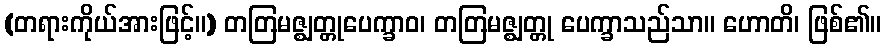
(တရားကိုယ်အားဖြင့်။) တတြမဇ္ဈတ္တုပေက္ခာဝ၊ တတြမဇ္ဈတ္တု ပေက္ခာသည်သာ။ ဟောတိ၊ ဖြစ်၏။